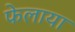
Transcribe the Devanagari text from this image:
फेलाया